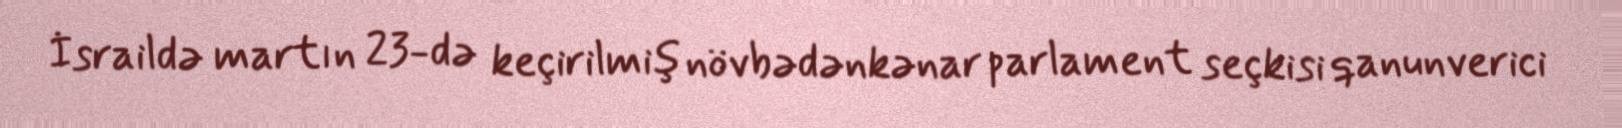
İsraildə martın 23-də keçirilmiş növbədənkənar parlament seçkisi qanunverici